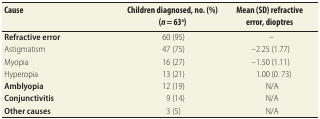
<table><thead><tr><td><b>Cause</b></td><td><b>Children diagnosed, no. (%) (<i>n</i> = 63<sup>a</sup>)</b></td><td><b>Mean (SD) refractive error, dioptres</b></td></tr></thead><tbody><tr><td><b>Refractive error</b></td><td>60 (95)</td><td>–</td></tr><tr><td>Astigmatism</td><td>47 (75)</td><td>–2.25 (1.77)</td></tr><tr><td>Myopia</td><td>16 (27)</td><td>–1.50 (1.11)</td></tr><tr><td>Hyperopia</td><td>13 (21)</td><td>1.00 (0. 73)</td></tr><tr><td><b>Amblyopia</b></td><td>12 (19)</td><td>N/A</td></tr><tr><td><b>Conjunctivitis</b></td><td>9 (14)</td><td>N/A</td></tr><tr><td><b>Other causes</b></td><td>3 (5)</td><td>N/A</td></tr></tbody></table>